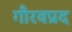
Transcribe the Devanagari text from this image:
गौरवप्रद